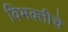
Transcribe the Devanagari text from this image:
विभक्तीचे